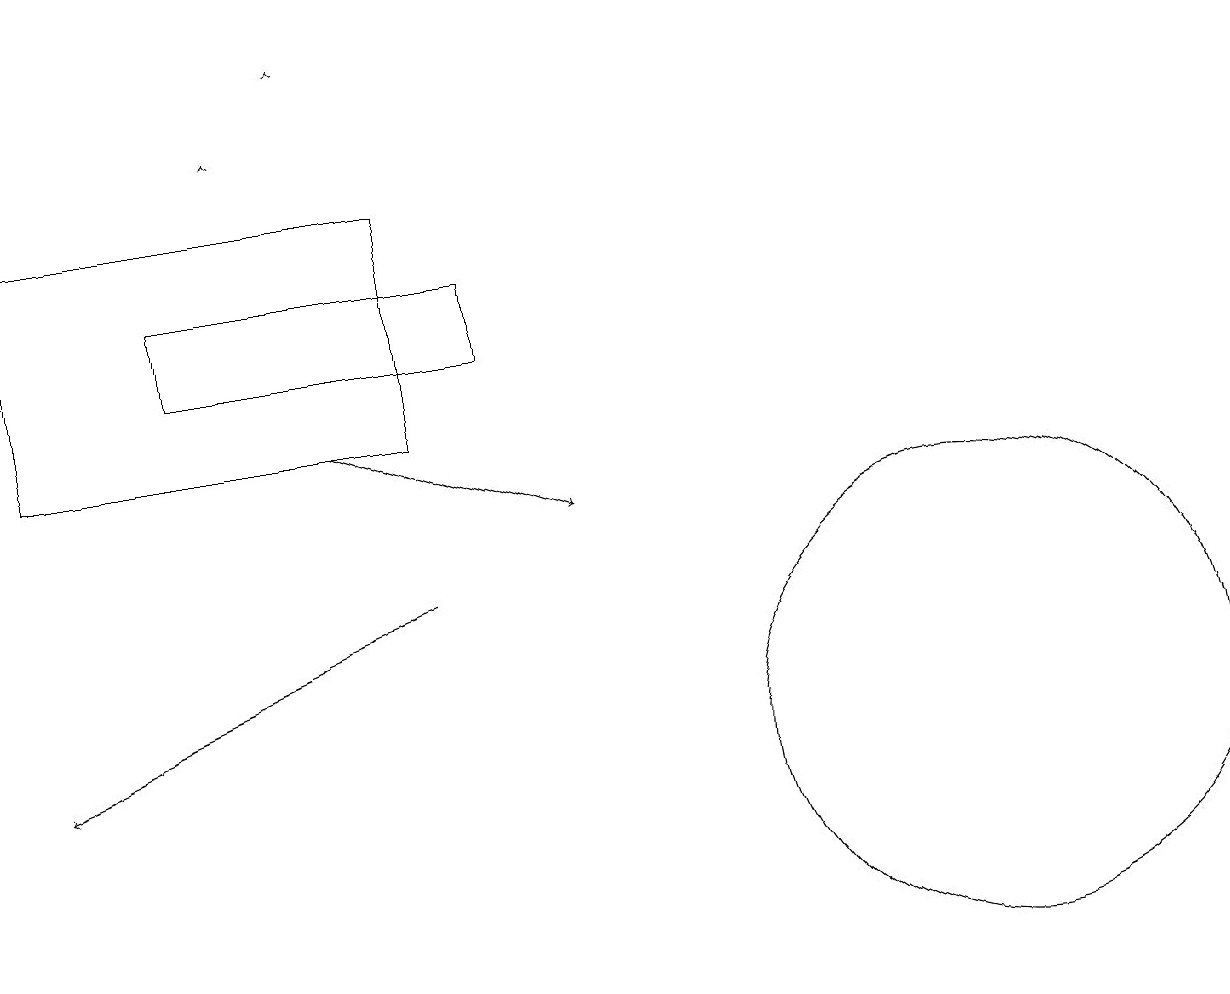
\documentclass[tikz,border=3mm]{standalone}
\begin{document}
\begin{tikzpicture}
\draw[->] (4,14) -- (7,13);
\draw (5,14) rectangle (0,17);
\draw[->] (4,19) -- (4,19);
\draw[->] (5,12) -- (0,10);
\draw (12,10) circle (3);
\draw[->] (3,18) -- (3,18);
\draw (2,15) rectangle (6,16);
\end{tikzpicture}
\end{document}